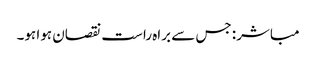
مباشر: جس سے براہ راست نقصان ہوا ہو۔